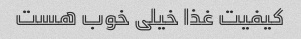
کیفیت غذا خیلی خوب هست